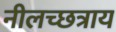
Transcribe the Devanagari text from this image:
नीलच्छत्राय